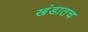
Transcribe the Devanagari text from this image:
खंडातच